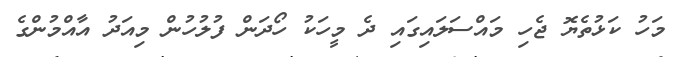
މަހު ކަޅުތެޔޮ ޖެހި މައްސަލައިގައި ދެ މީހަކު ހޯދަން ފުލުހުން މިއަދު އާއްމުންގެ